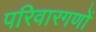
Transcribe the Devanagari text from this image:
परिवारगणों